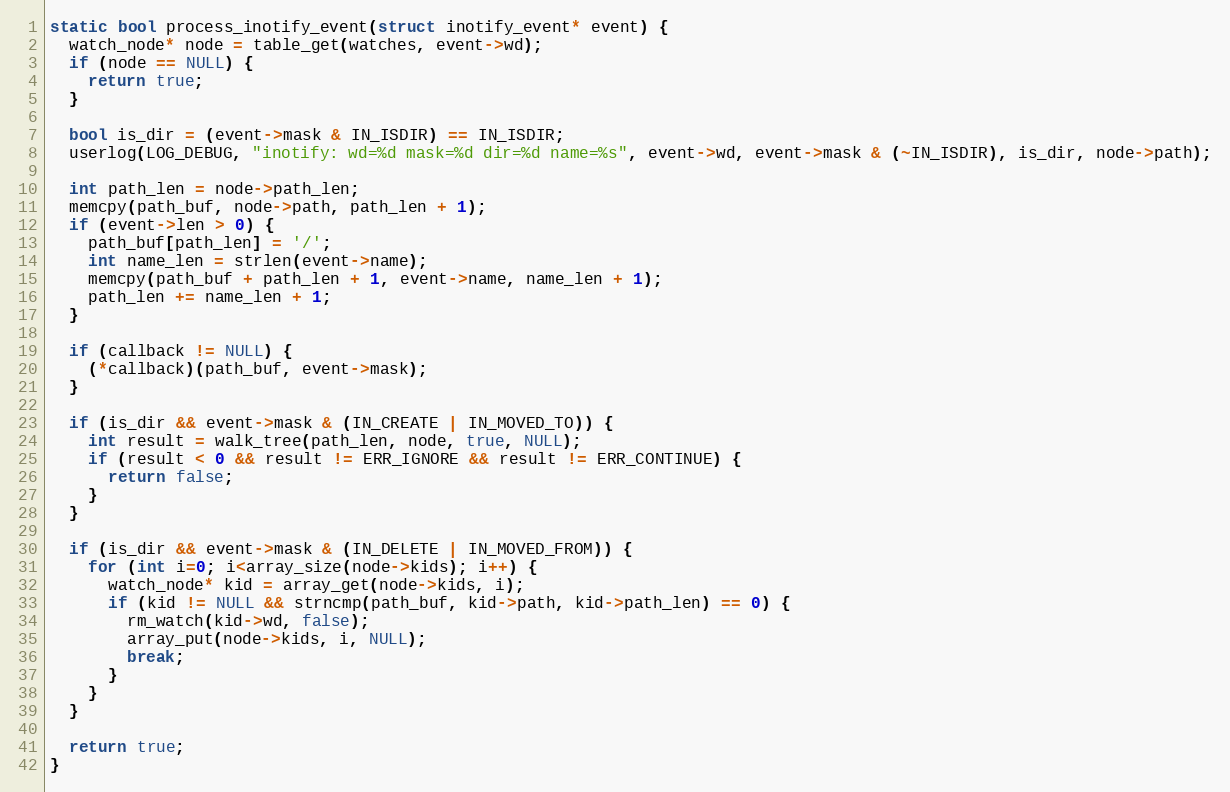
Language: C
static bool process_inotify_event(struct inotify_event* event) {
  watch_node* node = table_get(watches, event->wd);
  if (node == NULL) {
    return true;
  }

  bool is_dir = (event->mask & IN_ISDIR) == IN_ISDIR;
  userlog(LOG_DEBUG, "inotify: wd=%d mask=%d dir=%d name=%s", event->wd, event->mask & (~IN_ISDIR), is_dir, node->path);

  int path_len = node->path_len;
  memcpy(path_buf, node->path, path_len + 1);
  if (event->len > 0) {
    path_buf[path_len] = '/';
    int name_len = strlen(event->name);
    memcpy(path_buf + path_len + 1, event->name, name_len + 1);
    path_len += name_len + 1;
  }

  if (callback != NULL) {
    (*callback)(path_buf, event->mask);
  }

  if (is_dir && event->mask & (IN_CREATE | IN_MOVED_TO)) {
    int result = walk_tree(path_len, node, true, NULL);
    if (result < 0 && result != ERR_IGNORE && result != ERR_CONTINUE) {
      return false;
    }
  }

  if (is_dir && event->mask & (IN_DELETE | IN_MOVED_FROM)) {
    for (int i=0; i<array_size(node->kids); i++) {
      watch_node* kid = array_get(node->kids, i);
      if (kid != NULL && strncmp(path_buf, kid->path, kid->path_len) == 0) {
        rm_watch(kid->wd, false);
        array_put(node->kids, i, NULL);
        break;
      }
    }
  }

  return true;
}